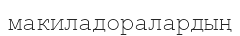
макиладоралардың